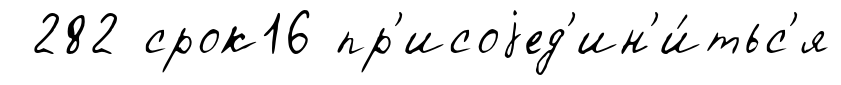
282 срок16 пр'исоjед'ин'и́тьс'я